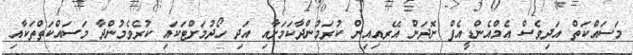
މަސައްކަތް އަދިވެސް އެމްއެންޑީއެފް ނޮދަން އޭރއިއިން ކުރަމުންދާކަމަށާއި އަދި ހޯދުމަށްޓަކައި ކުރެވެމުންދާ މަސައްކަތްތަކާއި